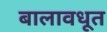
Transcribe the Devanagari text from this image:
बालावधूत